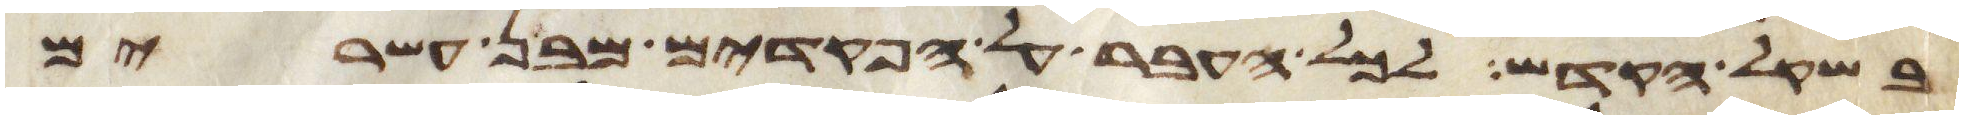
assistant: בשקל הקדש לכל העבר על הפקדים מבן עשרים